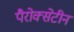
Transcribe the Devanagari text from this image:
पैरोक्सेटीन